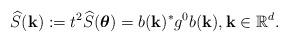
LaTeX: \begin{align*}\widehat{S} (\mathbf{k}) := t^2 \widehat{S} (\boldsymbol{\theta}) = b(\mathbf{k})^* g^0 b(\mathbf{k}), \mathbf{k} \in \mathbb{R}^{d}.\end{align*}